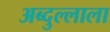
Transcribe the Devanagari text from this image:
अब्दुल्लाला